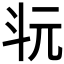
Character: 𣁯